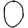
Digit: 0